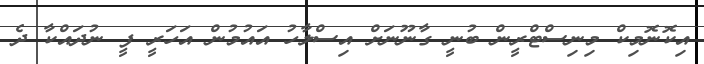
އިކޮނޮމިކް މިނިސްޓްރީން ބުނީ ގާނޫނަށް އިސްލާހު އައުމުން އަހަރީ ފީ ނުދައްކާ ދެ